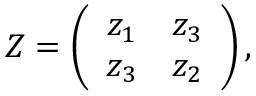
Z = \left( \begin{array} { c r c } { { z _ { 1 } } } & { { z _ { 3 } } } \\ { { z _ { 3 } } } & { { z _ { 2 } } } \end{array} \right) ,